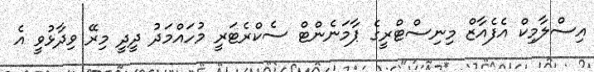
އިސްލާމިކް އެފެއާޒް މިނިސްޓްރީގެ ޕާމަނެންޓް ސެކްރެޓަރީ މުހައްމަދު ދީދީ މިރޭ ވިދާޅުވީ އެ